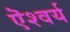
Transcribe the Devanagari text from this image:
ऎश्वर्य